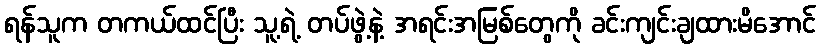
ရန်သူက တကယ်ထင်ပြီး သူ့ရဲ့ တပ်ဖွဲ့နဲ့ အရင်းအမြစ်တွေကို ခင်းကျင်းချထားမိအောင်